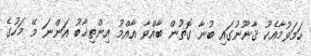
ހަމަވުމާއެކު ޤާނޫނުގައި ބުނާ ގޮތުން ބާއްވާ އާއްމު އިންތިޚާބު އަންނަ މޭ މަހުގެ